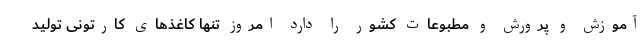
آموزش و پرورش و مطبوعات کشور را دارد امروز تنها کاغذهای کارتونی تولید